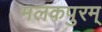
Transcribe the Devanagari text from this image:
मलकपुरम्‌